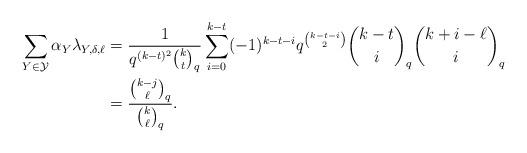
LaTeX: \begin{align*}\sum\limits_{Y \in \mathcal Y}\alpha_Y \lambda_{Y,\delta,\ell}&=\frac{1}{q^{(k-t)^2}{k \choose t}_q}\sum\limits_{i=0}^{k-t} (-1)^{k-t-i}q^{{k-t-i \choose 2}}{k-t \choose i}_q{k + i -\ell \choose i}_q\\&= \frac{{k-j \choose \ell}_q}{{k \choose \ell}_q}.\end{align*}